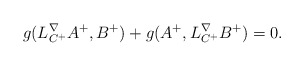
\begin{align*}g(L^{\nabla}_{C^{+}}A^{+}, B^{+})+g(A^{+},L^{\nabla}_{C^{+}}B^{+})=0.\end{align*}